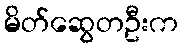
မိတ်ဆွေတဦးက